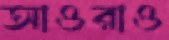
আওরাও